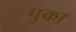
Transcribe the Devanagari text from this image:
पुका